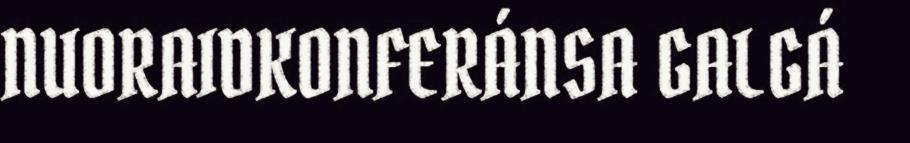
NUORAIDKONFERÁNSA GALGÁ